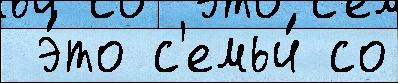
 э́то с'емьи́ со